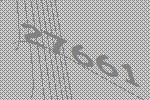
27661